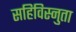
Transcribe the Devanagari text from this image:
सहिविस्नुता